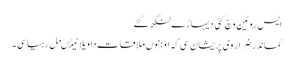
ایس روٹین وچ کئی دیہاڑے لنگھ گئے
کمانڈر ضرار وی پریشان سی کہ اوہنوں ملاقات دا ویلا نیئںمل رہیا سی ۔